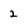
Character: 2